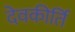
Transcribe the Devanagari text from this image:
देवकीर्ति